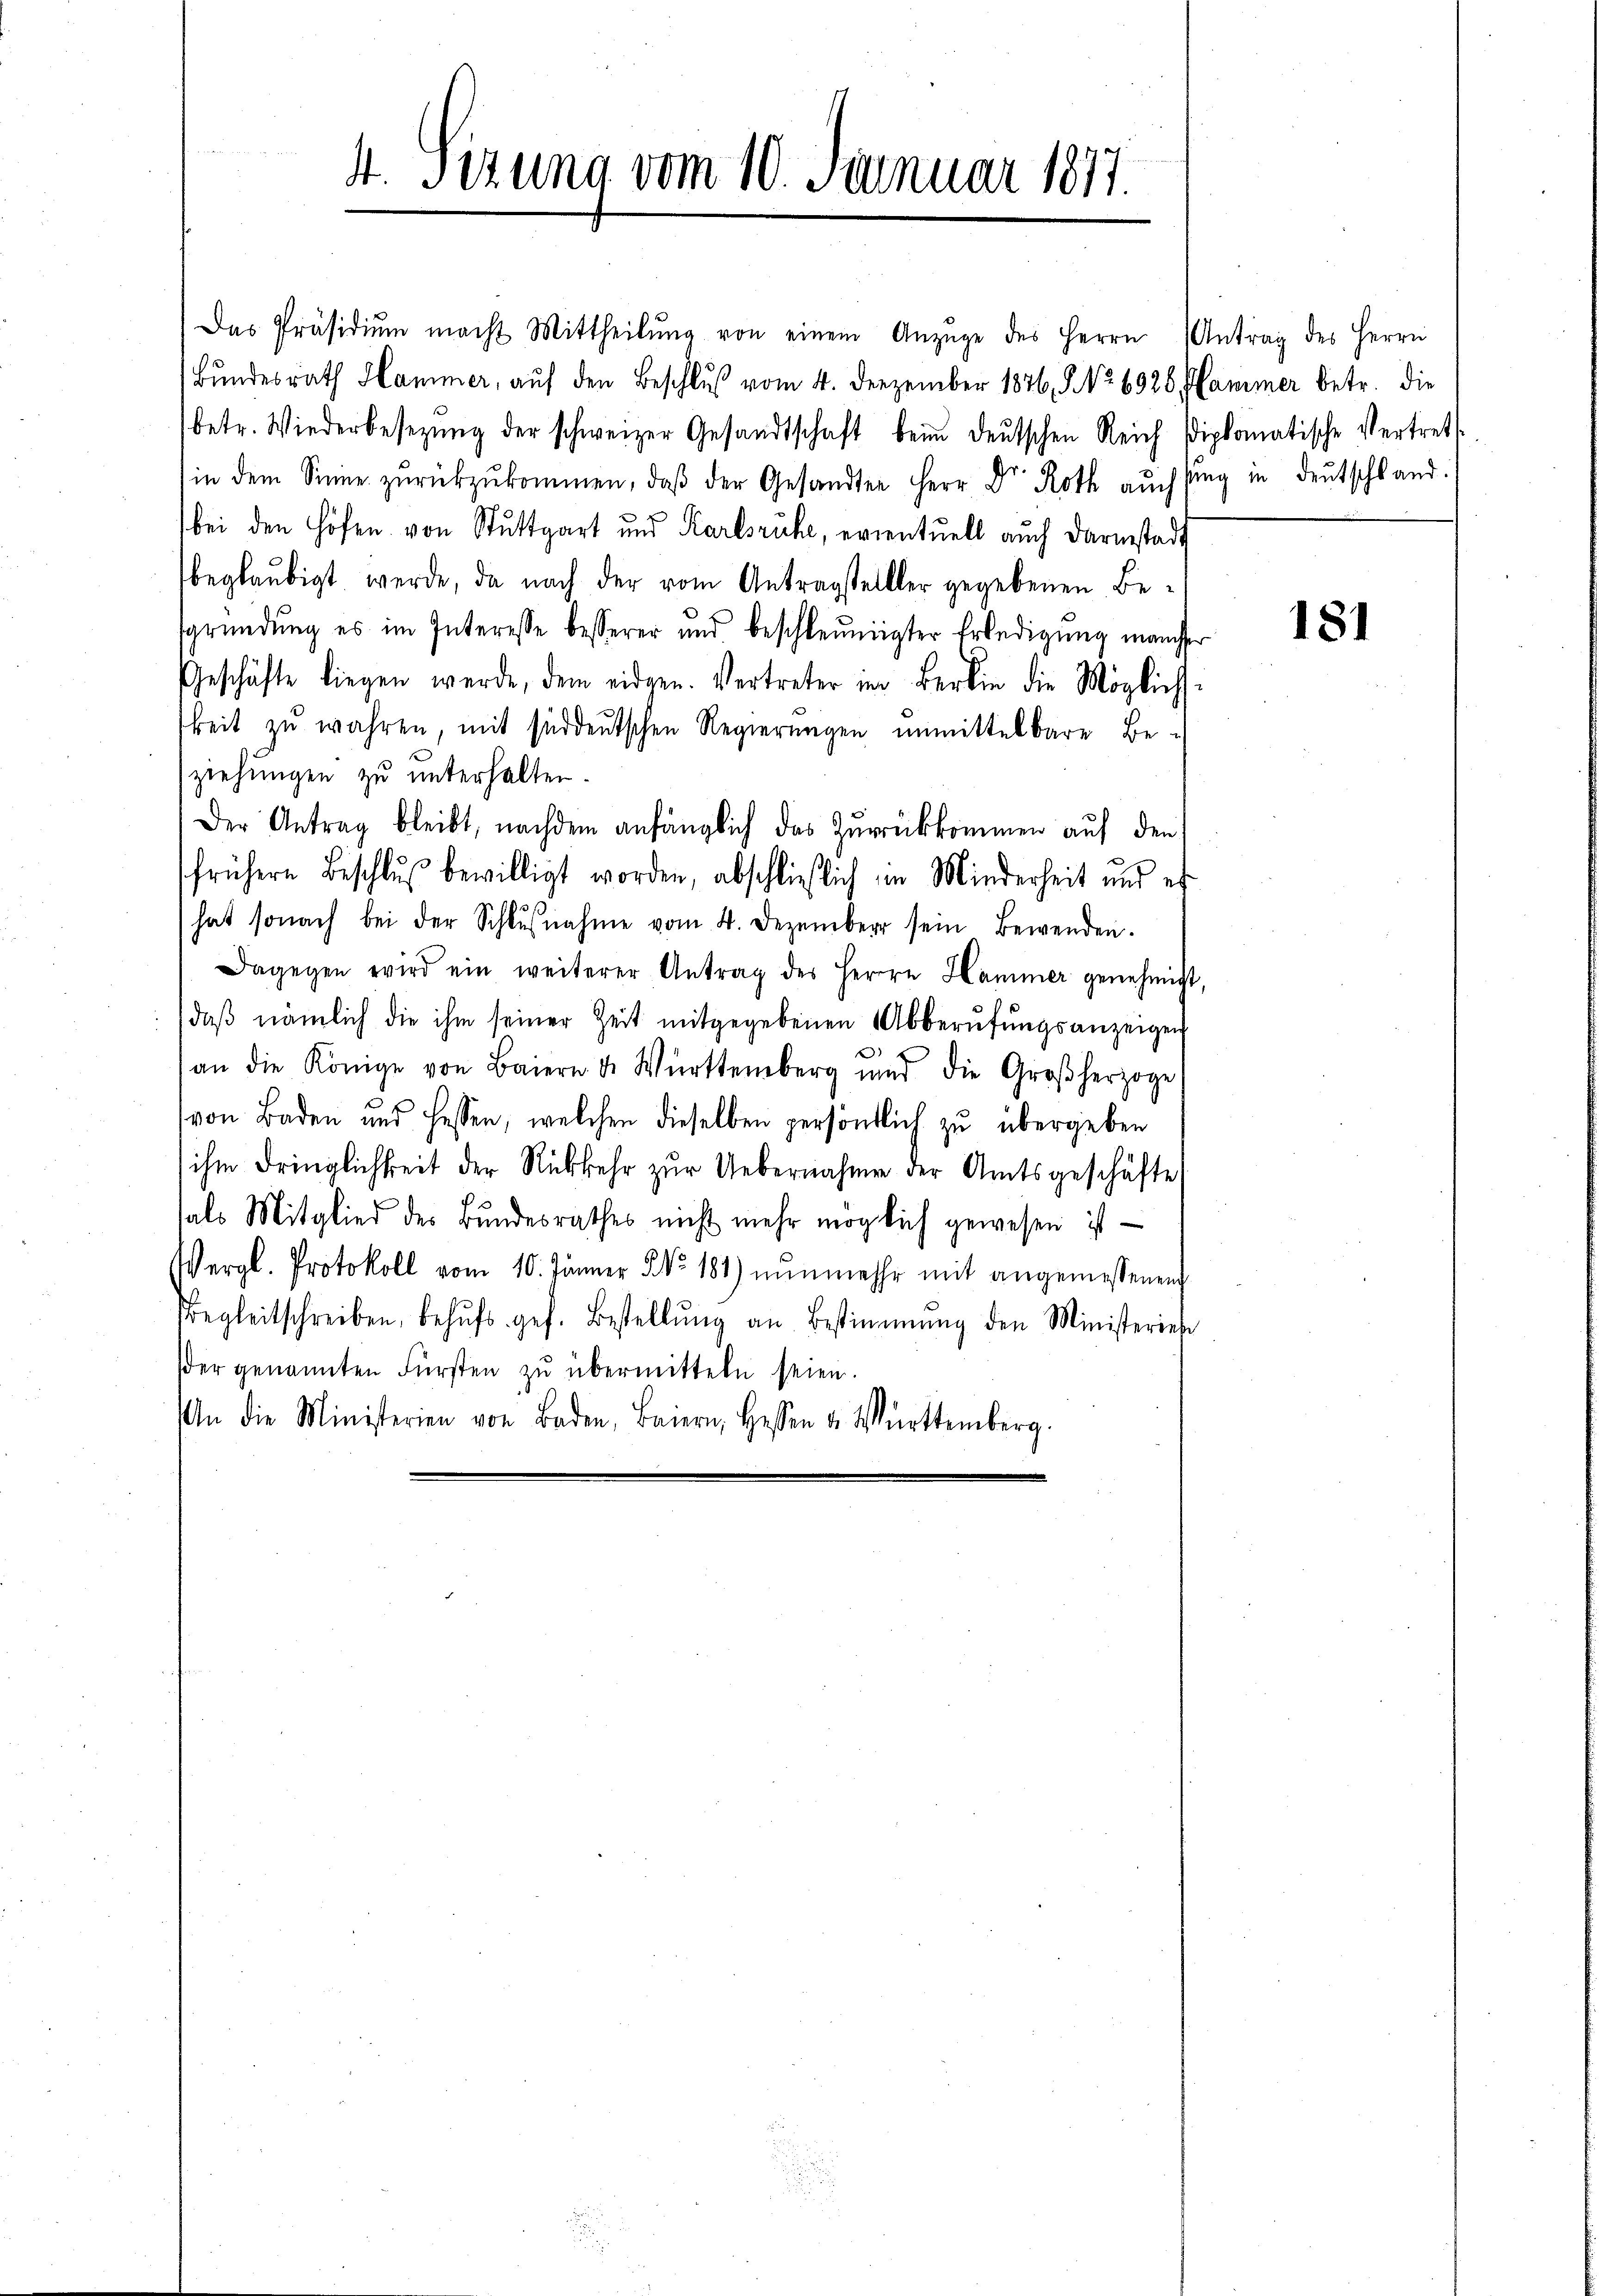
4. Sizung vom 10. Januar 1877.

Das Präsidiŭm macht Mittheilŭng von einem Anzüge des Herrn Antrag des Herrn
Bŭndesrath Hammer, aŭf den Beschlŭβ vom 4. Dezember 1846. 5. No. 6926 Hammer betr. die
betr. Wiederbesetzŭng der schweizer Gesandtschaft beim deŭtschen Reich Diplomatische Vertrett
in dem Sinne zŭrückzŭkommen, daβ der Gesandter Herr Dr. Roth aŭch sag in deŭtschland.
bei den Höfen von Stuttgart und Karlsruhe, eventuell auch Darmstadt
beglaubigt werde, da nach der vom Antragstellter gegebenen Besgründung es im Interesse besserer und beschleunigter Erledigung manche
Geschäfte liegen werde, dem eidgen. Vertreter im Berlin die Möglichkeit zŭ wahren, mit süddeutschen Regierungen unmittelbare Be-
ziehŭngen zŭ ŭnterhalten.
Der Antrag bleibt, nachdem anfänglich das Zurückkommen auf den
frühere Beschluß bewilligt worden, abschließlich in Minderheit und es
hat sonach bei der Schlŭβnahme vom 4. Dezember sein Bewenden.
Dagegen wird ein weiterer Antrag des Herrn Hammer genehmigt
daβ nämlich die ihm seiner Zeit mitgegebenen Abberŭfŭngsanzeigen
an die Könige von Baiern u. Württemberg und die Großherzoge
(von Baden und Hessen, welchen dieselben persönlich zŭ übergeben
ihm dringlichkeit der Rückkehr zur Uebernahme der Amtsgeschäfte
hals Mitglied des Bŭndesrathes nicht mehr möglich gewesen ist
Vergl. Protokoll vom 10. Jänner No. 181) nŭnmehr mit angemessenen
Begleitschreiben, behŭfs ges. Bestellŭng an Bestimmung den Ministeriehe
der genannten Fürsten zŭ übermitteln seien.
An die Ministerien von Baden, Baiern, Hessen u. Württemberg.

181